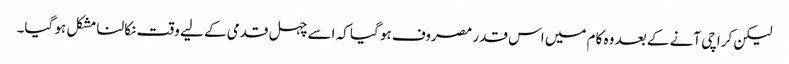
لیکن کراچی آنے کے بعد وہ کام میں اس قدر مصروف ہو گیا کہ اسے چہل قدمی کے لیے وقت نکالنا مشکل ہو گیا۔